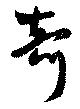
奇